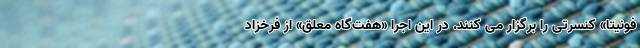
فونیتا» کنسرتی را برگزار می کنند. در این اجرا «هفت‌گاه معلق» از فرخزاد